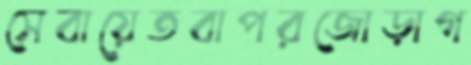
সেবায়েতবাপরজোড়াগ